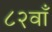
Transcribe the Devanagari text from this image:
८२वाँ